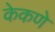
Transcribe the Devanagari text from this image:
केकणे